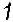
1